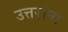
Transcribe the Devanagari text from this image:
उत्तरांना